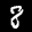
Label: 8